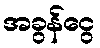
အခွန်ငွေ